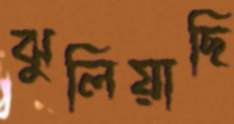
ঝুলিয়াছি